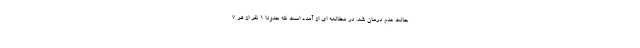
حالت عدم درمان شد. در مطالعه ای از آمده است که حدودا 1 نفر از هر 7